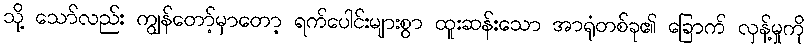
သို့ သော်လည်း ကျွန်တော့်မှာတော့ ရက်ပေါင်းများစွာ ထူးဆန်းသော အာရုံတစ်ခု၏ ခြောက် လှန့်မှုကို